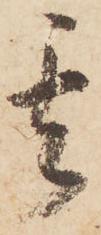
其